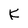
Character: k